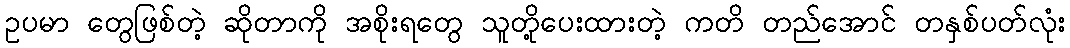
ဥပမာ တွေဖြစ်တဲ့ ဆိုတာကို အစိုးရတွေ သူတို့ပေးထားတဲ့ ကတိ တည်အောင် တနှစ်ပတ်လုံး